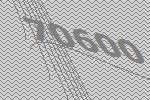
70600